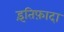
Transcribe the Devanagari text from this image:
इंतिफ़ादा